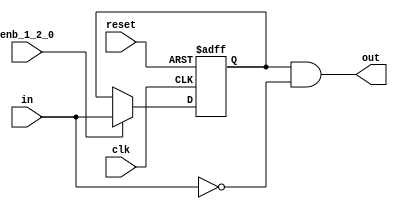
// -------------------------------------------------------------
// 
// 
// Generated by MATLAB 9.13 and HDL Coder 4.0
// 
// -------------------------------------------------------------


// -------------------------------------------------------------
// 
// Module: whdlOFDMTx_Falling_Edge_Detector2
// Source Path: whdlOFDMTx/Frame Controller and Input Sampler/Enable Header and Preamble /Falling Edge Detector2
// Hierarchy Level: 5
// 
// -------------------------------------------------------------

`timescale 1 ns / 1 ns

module whdlOFDMTx_Falling_Edge_Detector2
          (clk,
           reset,
           enb_1_2_0,
           in,
           out);


  input   clk;
  input   reset;
  input   enb_1_2_0;
  input   in;
  output  out;


  reg  Delay3_out1;
  wire Logical_Operator2_out1;
  wire Logical_Operator1_out1;


  always @(posedge clk or posedge reset)
    begin : Delay3_process
      if (reset == 1'b1) begin
        Delay3_out1 <= 1'b0;
      end
      else begin
        if (enb_1_2_0) begin
          Delay3_out1 <= in;
        end
      end
    end



  assign Logical_Operator2_out1 =  ~ in;



  assign Logical_Operator1_out1 = Delay3_out1 & Logical_Operator2_out1;



  assign out = Logical_Operator1_out1;

endmodule  // whdlOFDMTx_Falling_Edge_Detector2